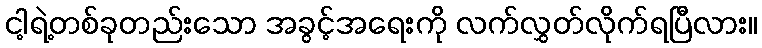
ငါ့ရဲ့တစ်ခုတည်းသော အခွင့်အရေးကို လက်လွှတ်လိုက်ရပြီလား။